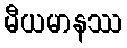
မီယမာနဿ